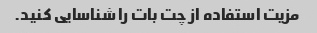
مزیت استفاده از چت بات را شناسایی کنید.